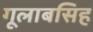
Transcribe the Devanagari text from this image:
गूलाबसिह